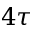
4 \tau